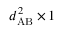
d _ { \mathrm { A B } } ^ { 2 } \times 1